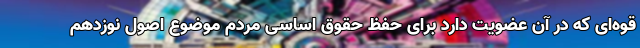
قوه‌ای که در آن عضویت دارد برای حفظ حقوق اساسی مردم موضوع اصول نوزدهم